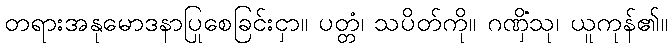
တရားအနုမောဒနာပြုစေခြင်းငှာ။ ပတ္တံ၊ သပိတ်ကို။ ဂဏှိံသု၊ ယူကုန်၏။